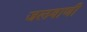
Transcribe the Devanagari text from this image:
जलवाणी